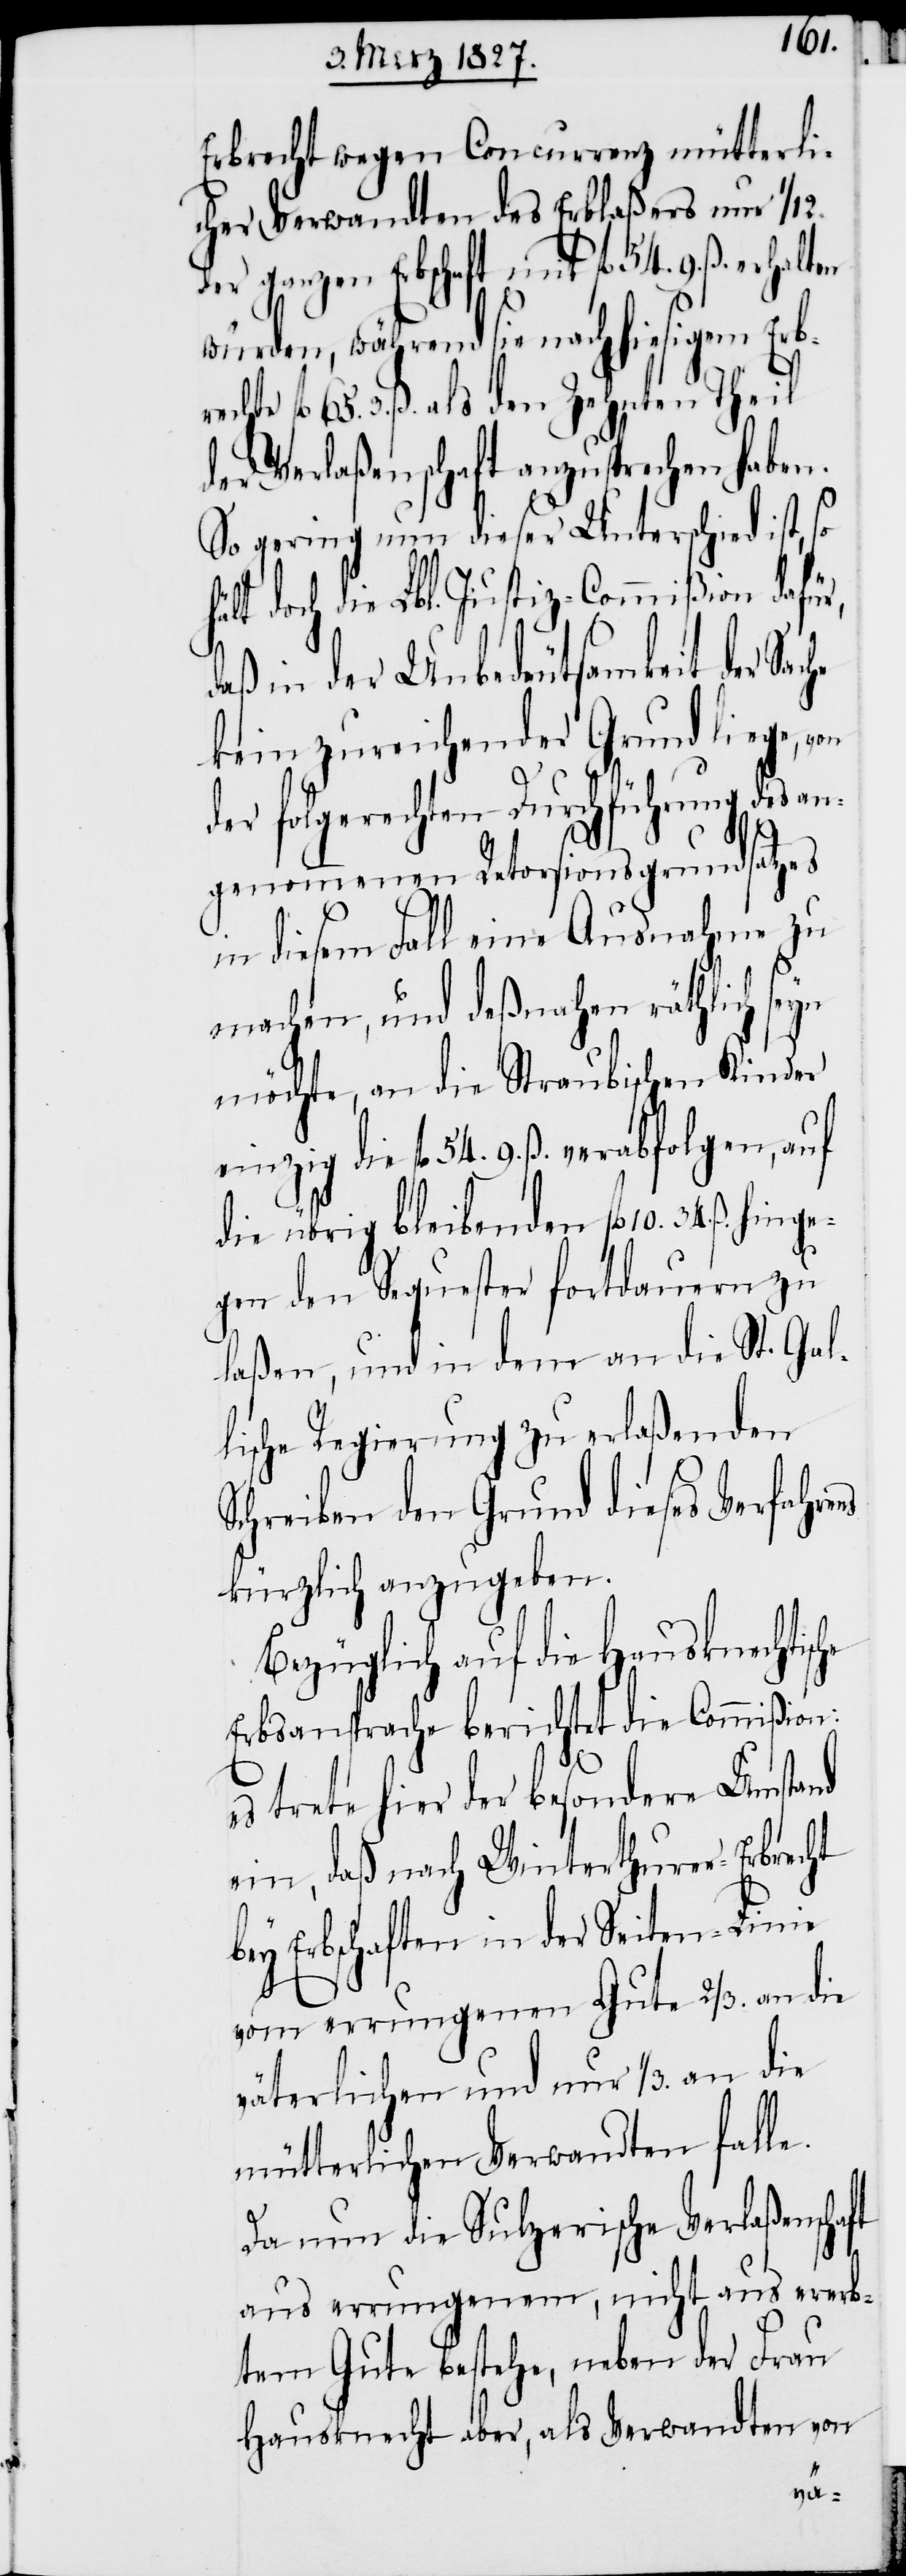
Erbrecht wegen Concurrenz mütterli¬
cher Verwandten des Erblaßers nur 1/12.
der ganzen Erbschaft mit fl. 54. 9. ß. erhalten
würden, während sie nach hiesigem Erbr¬
fl. 65. 3. ß. als den Zehnten Theil
der Verlaßenschaft anzusprechen haben.
So gering nun dieser Unterschied ist,
ält doch die Lbl. Justiz-Commißion dafü¬
daß in der Unbedeutsamkeit der Sache
kein zureichender Grund liege, von
so h¬
der folgerechten Durchführung des an¬
ns
genommenen Retorsionsgrundsatzes
in diesem Fall eine Ausnahme zu
machen, und deßnahen räthlich seyn
möchte, an die Straubischen Kinder
die fl. 54. 9. ß. verabfolgen, auf
die übrig bleibenden fl. 10. 34. ß. hi¬
gen den Sequester fortdauern zu
laßen, und in dem an die St. Gal¬
lische Regierung zu erlaßenden
Schreiben den Grund dieses Verfahre¬
kürzlich anzugeben.
Bezüglich auf die Hausknechtische
Erbsansprache berichtet die Commißion:
es trete hier der besondere Umstand
ein, daß nach Winterthurer-Erbrecht
bey Erbschaften in der Seiten-Linie
vom errungenen Gute 2/3. an die
väterlichen und nur 1/3. an die
mütterlichen Verwandten falle.
Da nun die Sulzerische Verlaßenschaft
aus errungenem, nicht aus ererb¬
tem Gute bestehe, neben der Frau
Hausknecht aber, als Verwandten von
nge¬